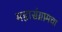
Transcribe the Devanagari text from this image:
महासंग्रामचा